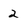
Character: 2